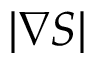
\vert \nabla S \vert